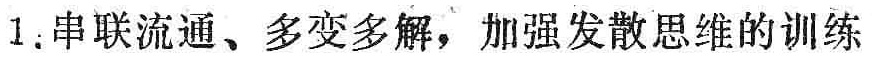
1. 串联流通、多变多解，加强发散思维的训练